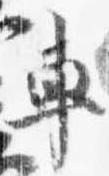
車